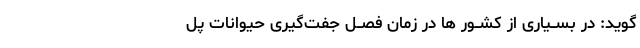
‌گوید: در بســیارى از کشــور ها در زمان فصــل جفت‌گیرى حیوانات پل